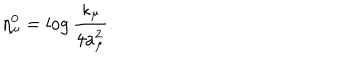
\eta _ { \mu } ^ { 0 } = \log \frac { \kappa _ { \mu } } { 4 a _ { \mu } ^ { 2 } } .